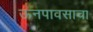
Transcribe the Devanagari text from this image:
ऊनपावसाचा